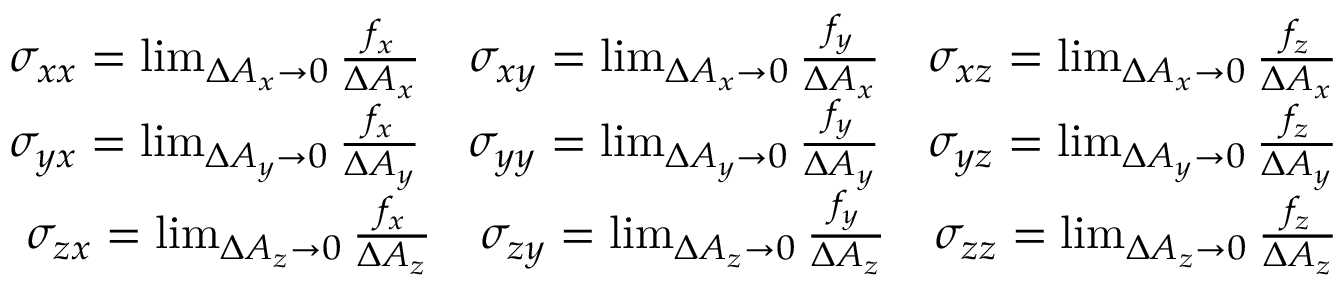
\begin{array} { r } { \sigma _ { x x } = \operatorname* { l i m } _ { \Delta A _ { x } \to 0 } \frac { f _ { x } } { \Delta A _ { x } } \quad \sigma _ { x y } = \operatorname* { l i m } _ { \Delta A _ { x } \to 0 } \frac { f _ { y } } { \Delta A _ { x } } \quad \sigma _ { x z } = \operatorname* { l i m } _ { \Delta A _ { x } \to 0 } \frac { f _ { z } } { \Delta A _ { x } } } \\ { \sigma _ { y x } = \operatorname* { l i m } _ { \Delta A _ { y } \to 0 } \frac { f _ { x } } { \Delta A _ { y } } \quad \sigma _ { y y } = \operatorname* { l i m } _ { \Delta A _ { y } \to 0 } \frac { f _ { y } } { \Delta A _ { y } } \quad \sigma _ { y z } = \operatorname* { l i m } _ { \Delta A _ { y } \to 0 } \frac { f _ { z } } { \Delta A _ { y } } } \\ { \sigma _ { z x } = \operatorname* { l i m } _ { \Delta A _ { z } \to 0 } \frac { f _ { x } } { \Delta A _ { z } } \quad \sigma _ { z y } = \operatorname* { l i m } _ { \Delta A _ { z } \to 0 } \frac { f _ { y } } { \Delta A _ { z } } \quad \sigma _ { z z } = \operatorname* { l i m } _ { \Delta A _ { z } \to 0 } \frac { f _ { z } } { \Delta A _ { z } } } \end{array}